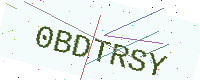
Text: 0BDTRSY